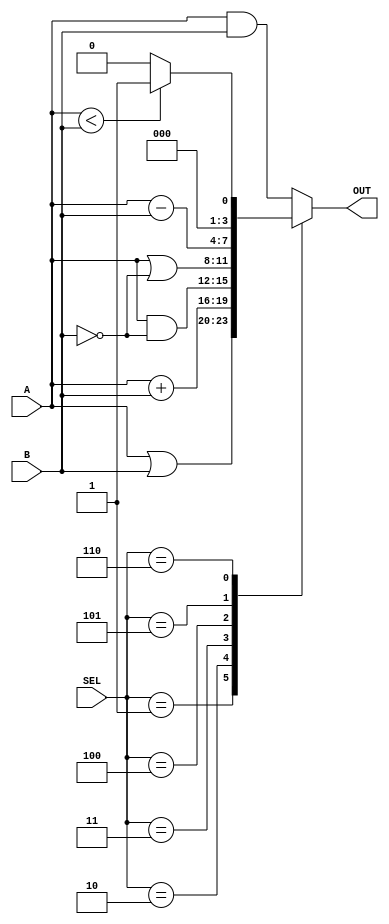
//Universidad del Valle de Guatemala
//Lab08
//ALU de 4 bits
//Gar19085

module  ALU(A, B, SEL, OUT);
    input   [3:0] A, B;
    input   [2:0] SEL;
    output  [3:0] OUT;  
    reg [3:0] OUT;

    always @ (*)
    begin
        case (SEL)
            3'b000:    OUT = A & B;   
            3'b001:    OUT = A | B;
            3'b010:    OUT = A + B;
            3'b011:    OUT = A & ~B;
            3'b100:    OUT = A | ~B;
            3'b101:    OUT = A - B;
            3'b110:    OUT = (A < B) ? 1:0;
            default:    OUT = A & B;
        endcase
    end    
endmodule